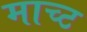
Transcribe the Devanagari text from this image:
माच्ट